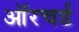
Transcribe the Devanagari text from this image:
ऑरचर्ड